Problem: 3 × 3 = ?
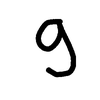
Handwritten answer: 9